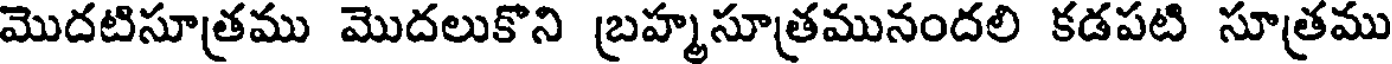
మొదటిసూత్రము మొదలుకొని బ్రహ్మసూత్రమునందలి కడపటి సూత్రము